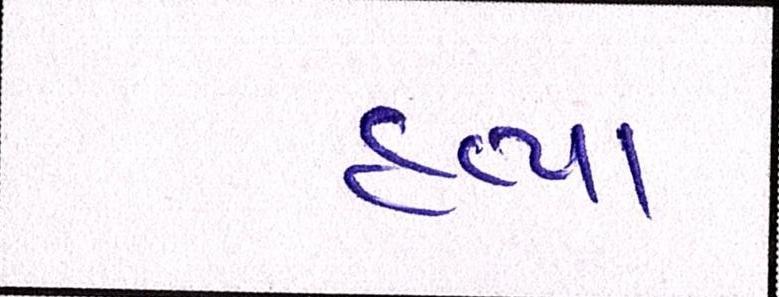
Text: હત્યા